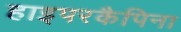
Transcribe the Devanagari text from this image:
हाइपरकैपिना